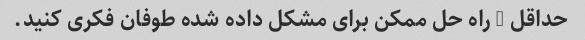
حداقل 5 راه حل ممکن برای مشکل داده شده طوفان فکری کنید.